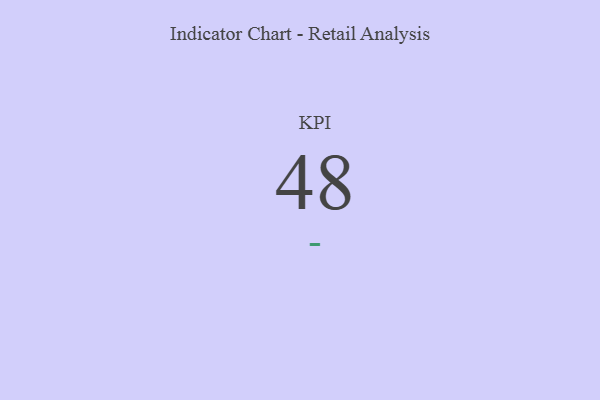
{"axis": {"x": "KPI", "y": "Value"}, "legend": [""], "data": [{"x": "KPI", "y": 48, "type": ""}]}